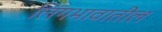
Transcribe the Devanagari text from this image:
लिंगभावातील